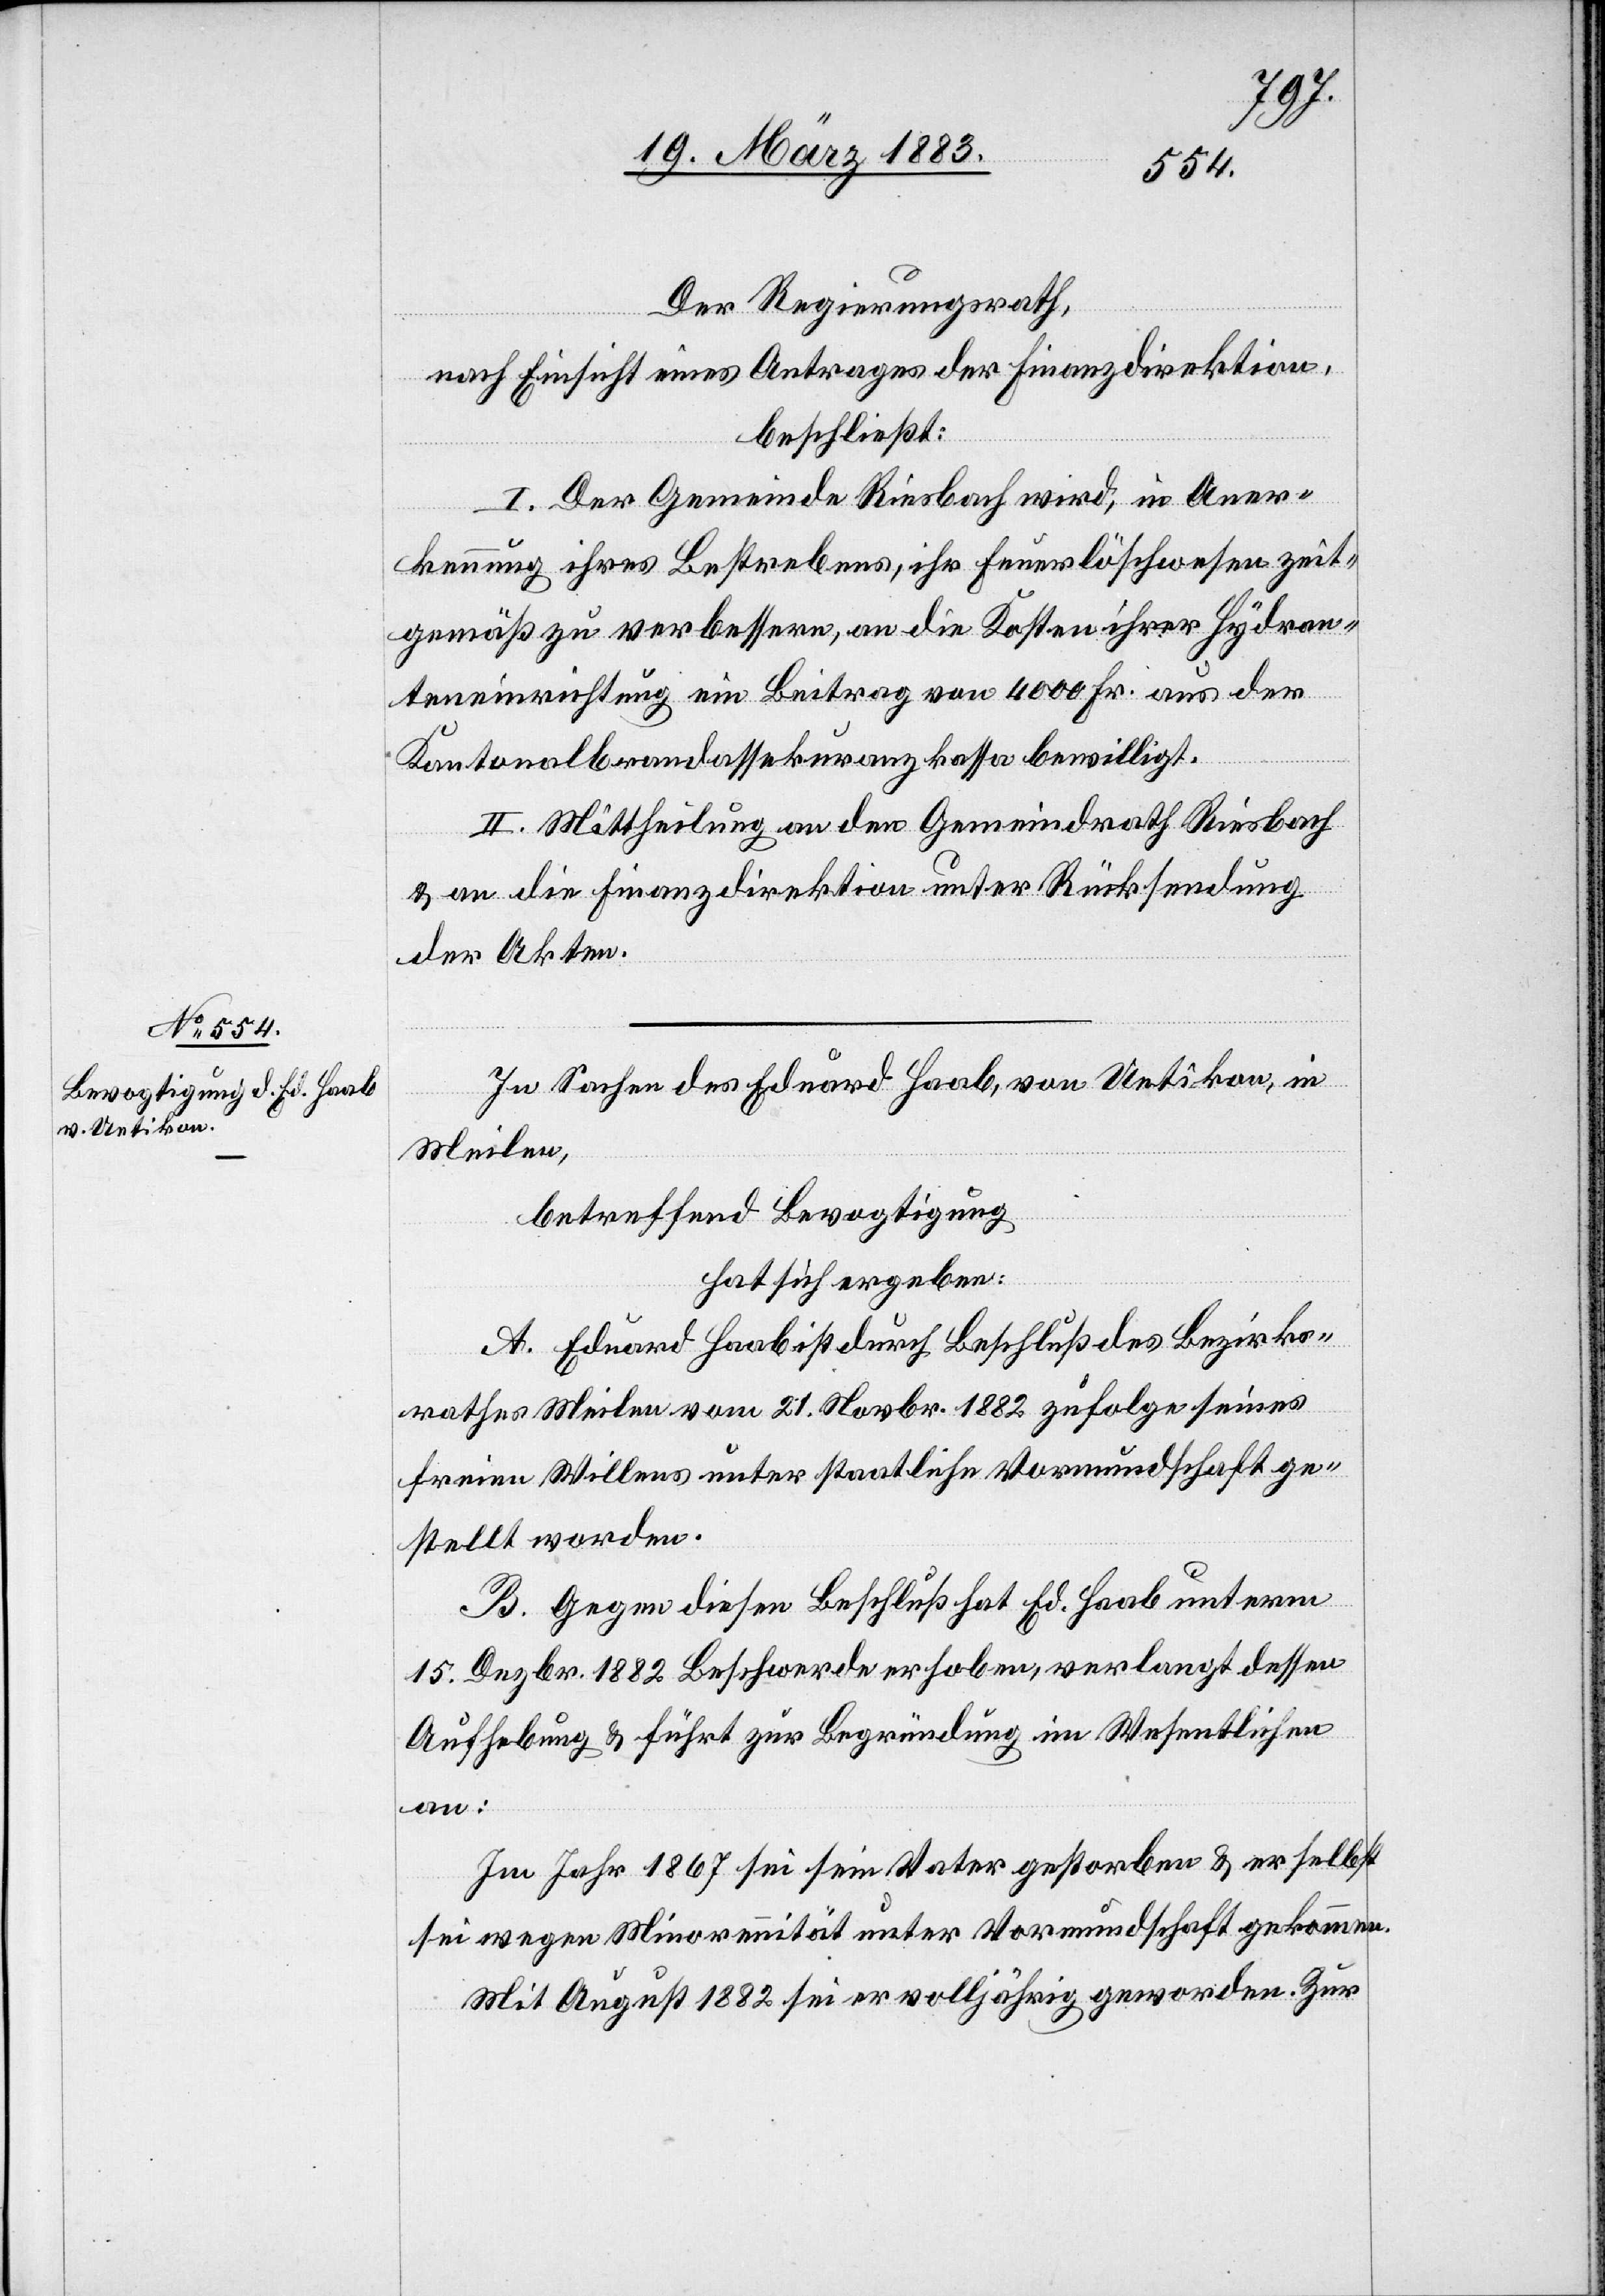
Der Regierungsrath,
nach Einsicht eines Antrages der Finanzdirektion,
beschließt:
I. Der Gemeinde Riesbach wird, in Aner¬
kennung ihres Bestrebens, ihr Feuerlöschwesen zeit¬
gemäß zu verbessern, an die Kosten ihrer Hydran¬
teneinrichtung ein Beitrag von 4000 Fr. aus der
Kantonalbrandassekuranzkassa bewilligt.
II. Mittheilung an den Gemeindrath Riesbach
& an die Finanzdirektion unter Rücksendung
der Akten.
In Sachen des Eduard Haab, von Uetikon, in
Meilen,
betreffend Bevogtigung
hat sich ergeben:
A. Eduard Haab ist durch Beschluß des Bezirks¬
rathes Meilen vom 21. Novbr. 1882 zufolge seines
freien Willens unter staatliche Vormundschaft ge¬
stellt worden.
B. Gegen diesen Beschluß hat Ed. Haab unterm
15. Dezbr. 1882 Beschwerde erhoben, verlangt dessen
Aufhebung & führt zur Begründung im Wesentlichen
an:
Im Jahr 1867 sei sein Vater gestorben & er selbst
sei wegen Minorennität unter Vormundschaft gekommen.
Mit August 1882 sei er volljährig geworden. Zur